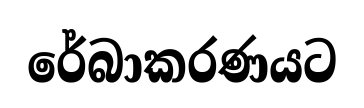
රේබාකරණයට